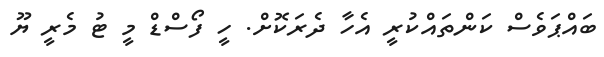
ބައްޕަވެސް ކަންތައްކުރީ އެހާ ދެރަކޮށް. ހީ ފޯސްޑް މީ ޓު މެރީ ޔޫ